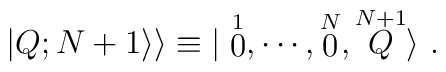
\vert Q;N+1\rangle\rangle\equiv\vert\stackrel{1}{0},\cdots,\stackrel{N}{0},\stackrel{N+1}{Q}\rangle\ .